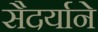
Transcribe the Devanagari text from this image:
सैदर्याने